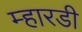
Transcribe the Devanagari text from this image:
म्हारडी